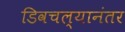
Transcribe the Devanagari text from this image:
डिवचल्यानंतर